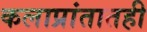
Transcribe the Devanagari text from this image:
कलाप्रांतातही